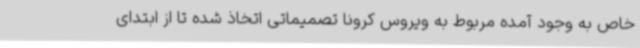
خاص به وجود آمده مربوط به ویروس کرونا تصمیماتی اتخاذ شده تا از ابتدای